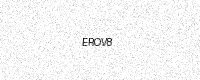
Text: EROV8